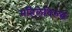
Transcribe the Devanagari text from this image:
महिलेविरुद्ध